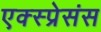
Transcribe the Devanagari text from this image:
एक्स्प्रेसंस